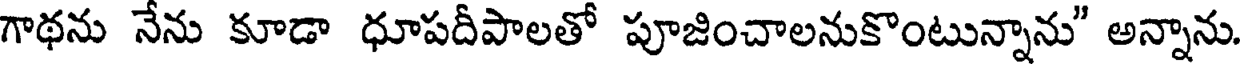
గాథను నేను కూడా ధూపదీపాలతో పూజించాలనుకొంటున్నాను" అన్నాను